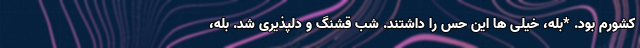
کشورم بود. *بله، خیلی ها این حس را داشتند. شب قشنگ و دلپذیری شد. بله،